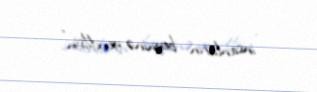
insanların beyninə yeridilsin".